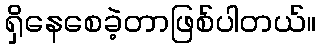
ရှိနေစေခဲ့တာဖြစ်ပါတယ်။